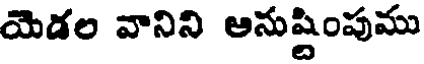
యెడల వానిని ఆనుష్టింపుము